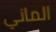
الماني